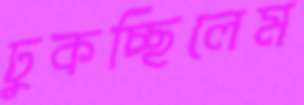
ঢুকচ্ছিলেম